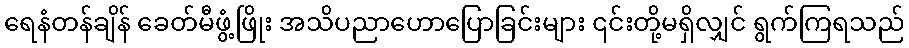
ရေနံတန်ချိန် ခေတ်မီဖွံ့ဖြိုး အသိပညာဟောပြောခြင်းများ ၎င်းတို့မရှိလျှင် ရွက်ကြရသည်